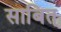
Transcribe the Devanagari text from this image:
साबित्